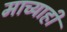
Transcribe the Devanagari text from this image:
माच्याही